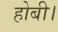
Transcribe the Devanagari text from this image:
होबी।